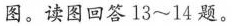
图。读图回答13~14题。